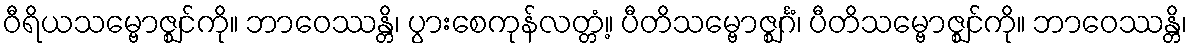
ဝီရိယသမ္ဗောဇ္ဈင်ကို။ ဘာဝေဿန္တိ၊ ပွားစေကုန်လတ္တံ့။ ပီတိသမ္ဗောဇ္ဈင်္ဂံ၊ ပီတိသမ္ဗောဇ္ဈင်ကို။ ဘာဝေဿန္တိ၊